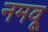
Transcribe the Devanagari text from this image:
नमवू